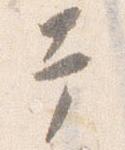
幸